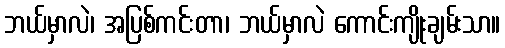
ဘယ်မှာလဲ၊ အပြစ်ကင်းတာ၊ ဘယ်မှာလဲ ကောင်းကျိုးချမ်းသာ။